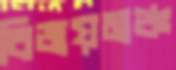
বিজয়মঞ্চ